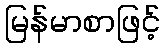
မြန်မာစာဖြင့်